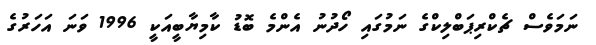
ނަމަވެސް ޗެކްރިޕަބްލިކްގެ ނަމުގައި ހޯދުނު އެންމެ ބޮޑު ކާމިޔާބީއަކީ 1996 ވަނަ އަހަރުގެ